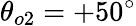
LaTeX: \theta_{o2}=+50^{\circ}